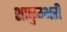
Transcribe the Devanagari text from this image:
शाकुम्भरी